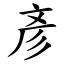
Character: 彥